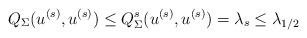
LaTeX: \begin{align*} Q_{\Sigma}(u^{(s)}, u^{(s)}) \leq Q_{\Sigma}^s(u^{(s)}, u^{(s)}) = \lambda_s \leq \lambda_{1/2} \end{align*}